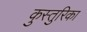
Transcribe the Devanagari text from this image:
कुस्तुरिका